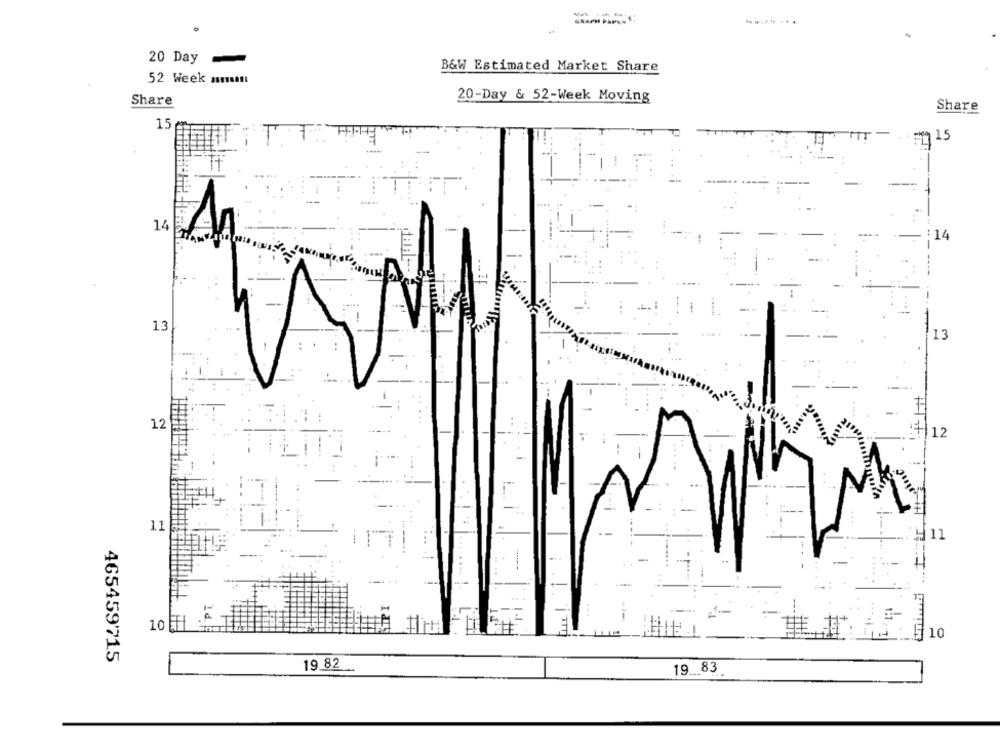
20 Day
B&W Estimated Market Share
52 Week mm11
20-Day & 52-Week Moving
Share
Share
15
TTT
15
14
14
13
13
12
12
....
11
H 11
...
سنتــ
1 --
10 H
465459715
19 82_
19. 83